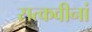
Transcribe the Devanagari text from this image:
सत्कवीनां